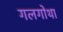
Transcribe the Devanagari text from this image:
गलगोथा